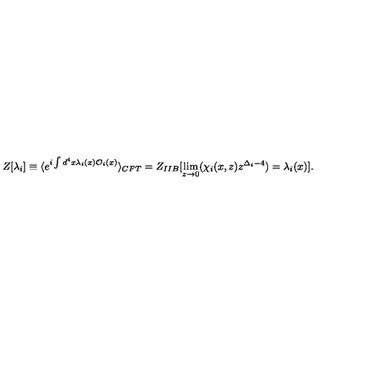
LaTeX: Z [ \lambda _ { i } ] \equiv \langle e ^ { i \int d ^ { 4 } x \lambda _ { i } ( x ) { \cal O } _ { i } ( x ) } \rangle _ { C F T } = Z _ { I I B } [ \lim _ { z \to 0 } ( \chi _ { i } ( x , z ) z ^ { \Delta _ { i } - 4 } ) = \lambda _ { i } ( x ) ] .